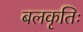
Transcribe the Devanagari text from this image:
बलकृतिः